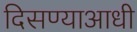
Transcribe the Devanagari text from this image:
दिसण्याआधी